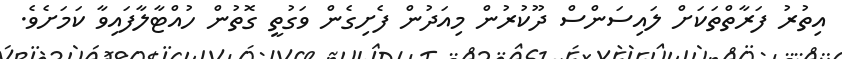
އިތުރު ފަރާތްތަކަށް ލައިސަންސް ދޫކުރުން މިއަދުން ފެށިގެން ވަގުތީ ގޮތުން ހުއްޓާލާފައިވާ ކަމަށެވެ.